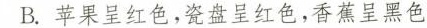
B.苹果呈红色，瓷盘呈红色，香蕉呈黑色